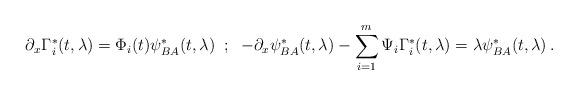
LaTeX: \begin{align*}\partial_x \Gamma_i^{*} (t,\lambda) = \Phi_i (t) \psi_{BA}^{*} (t,\lambda)\;\; ; \; \; -\partial_x \psi_{BA}^{*}(t,\lambda) - \sum_{i=1}^{m} \Psi_i \Gamma_i^{*} (t,\lambda) = \lambda \psi_{BA}^{*} (t,\lambda) \, .\end{align*}